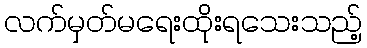
လက်မှတ်မရေးထိုးရသေးသည့်